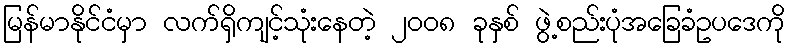
မြန်မာနိုင်ငံမှာ လက်ရှိကျင့်သုံးနေတဲ့ ၂၀၀၈ ခုနှစ် ဖွဲ့စည်းပုံအခြေခံဥပဒေကို